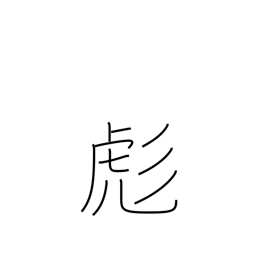
Meaning: small tiger